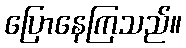
ပြောနေကြသည်။